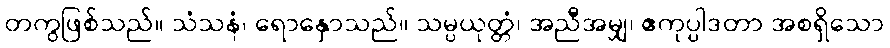
တကွဖြစ်သည်။ သံသနံ၊ ရောနှောသည်။ သမ္ပယုတ္တံ၊ အညီအမျှ၊ ဧကုပ္ပါဒတာ အစရှိသော